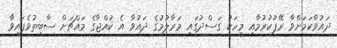
ދައުވާކަމަށްވާ ރޭޕުކުރުމާއި މީހަކު ގަސްދުގައި މަރާލުމުގެ ދައުވާ އެ ކުއްޖާގެ މައްޗަށް ސާބިތުވެފައިވާ